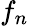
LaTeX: f_{n}